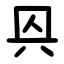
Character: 㒷